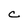
Character: c